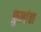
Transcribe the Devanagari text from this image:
फ़ुलांचा